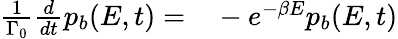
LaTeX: \begin{array}{rl}{\frac{1}{\Gamma_{0}}\frac{d}{dt}p_{b}(E,t)=}&{{}-e^{-\beta E}p_{b}(E,t)}\end{array}